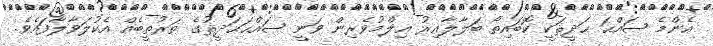
އެންމެ ޞައްޙަ ޙަދީޘަކީ ކޮބައިތޯ ބަލާލާއިރު ޢިލްމުވެރިން ވަނީ ޞައްޙަޙަދީޘުގެ ތަރުތީބެއް އެކުލަވާލާފައެވެ.